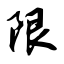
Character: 限